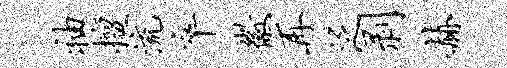
袖擅流卒徽再泛剥赫